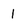
Character: 1